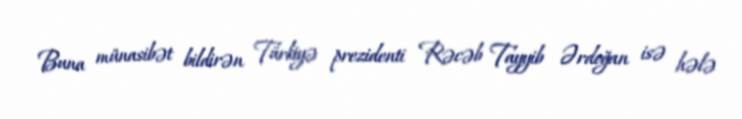
Buna münasibət bildirən Türkiyə prezidenti Rəcəb Tayyib Ərdoğan isə hələ